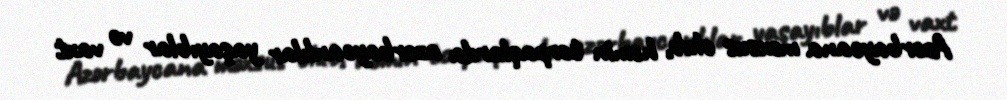
Azərbaycana məxsus olub, həmin torpaqlarda azərbaycanlılar yaşayıblar və vaxt